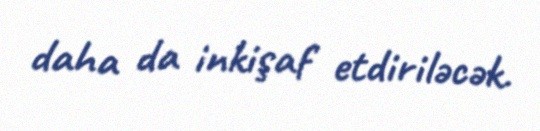
daha da inkişaf etdiriləcək.